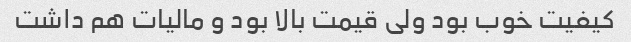
کیفیت خوب بود ولی قیمت بالا بود و مالیات هم داشت